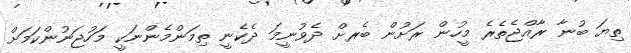
ތިޔަ ބުނާ ރާއްޖެތެރެ މީހުން ރަށުން ބެރށް ދެވުނީމަ ދެކެނީ ތިމަންމެންނަކީ މަހުޖަނުންކަމަށް